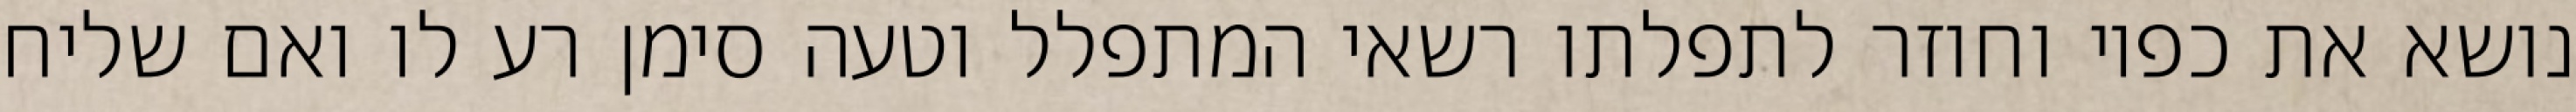
נושא את כפיו וחוזר לתפלתו רשאי המתפלל וטעה סימן רע לו ואם שליח